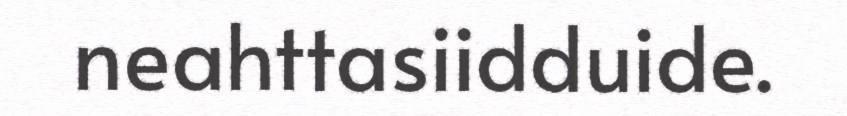
neahttasiidduide.